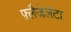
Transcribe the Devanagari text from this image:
फ़्लैजेलेटा